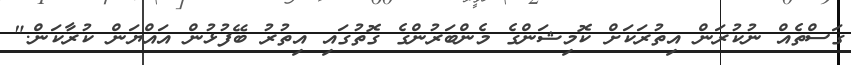
ގަސްތެއް ނުކުރަން އިތުރަކަށް ކޮމިޝަންގެ މެންބަރުންގެ ގޮތުގައި އިތުރު ބޭފުޅުން އައްޔަން ކުރާކަން."